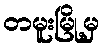
တမူးမြို့မှ